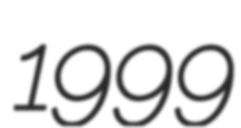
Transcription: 1999